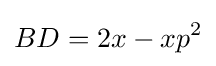
BD=2x-xp^{2}